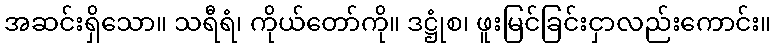
အဆင်းရှိသော။ သရီရံ၊ ကိုယ်တော်ကို။ ဒဋ္ဌုံစ၊ ဖူးမြင်ခြင်းငှာလည်းကောင်း။